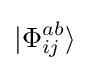
|\Phi _{ij}^{ab}\rangle